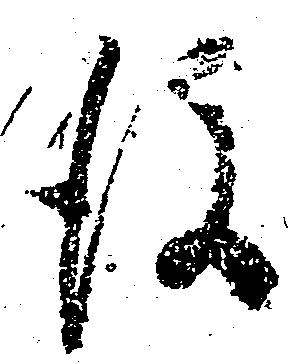
後